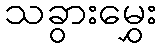
သခွားမွှေး